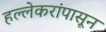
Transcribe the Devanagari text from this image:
हल्लेकरांपासून